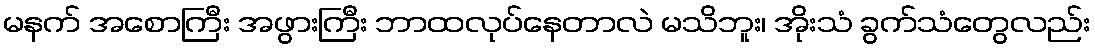
မနက် အစောကြီး အဖွားကြီး ဘာထလုပ်နေတာလဲ မသိဘူး၊ အိုးသံ ခွက်သံတွေလည်း